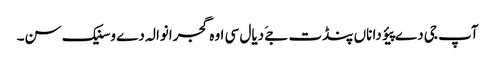
آپ جی دے پیؤ دا ناں پنڈت جےَ دیال سی اوہ گجرانوالہ دے وسنیک سن۔